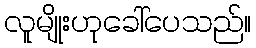
လူမျိုးဟုခေါ်ပေသည်။